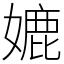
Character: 㜙